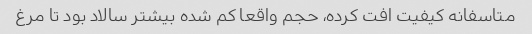
متاسفانه کیفیت افت کرده، حجم واقعا کم شده بیشتر سالاد بود تا مرغ